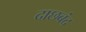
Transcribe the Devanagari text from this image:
दाछबंद